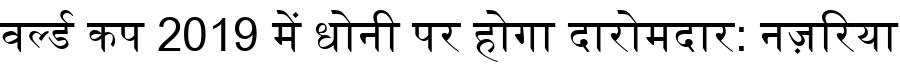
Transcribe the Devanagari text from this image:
वर्ल्ड कप 2019 में धोनी पर होगा दारोमदार: नज़रिया